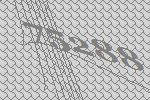
75288